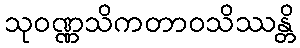
သုဝဏ္ဏသိကတာဝသိဿန္တိ